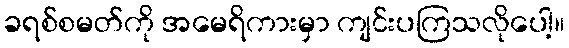
ခရစ်စမတ်ကို အမေရိကားမှာ ကျင်းပကြသလိုပေါ့။